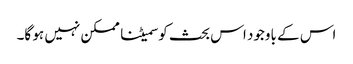
اس کے باوجود اس بحث کو سمیٹنا ممکن نہیں ہو گا۔